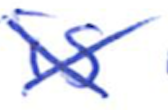
Text: is
Cross-out: cross
Writing tool: ballpoint